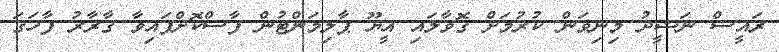
ރައީސް ނަޝީދު މިނިވަން ކުރުމަށް ގޮވާލައި އީޔޫ ޕާލިމަންޓުން ފާސްކޮށްފައިވާ ޤާރާރު ފާހަގަ